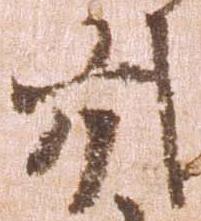
引